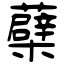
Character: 蘗